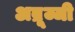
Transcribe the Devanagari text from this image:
अब्रूज्जी